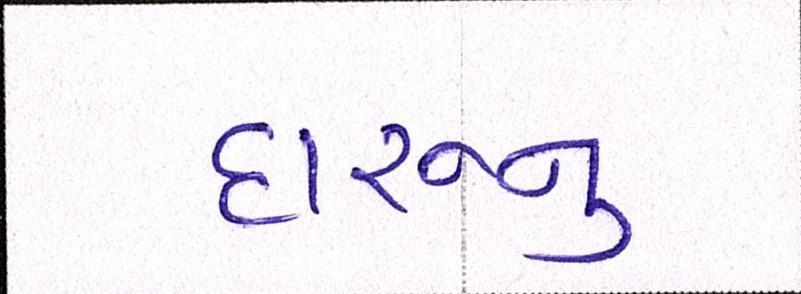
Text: દારૂનુ